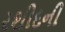
રશીદની